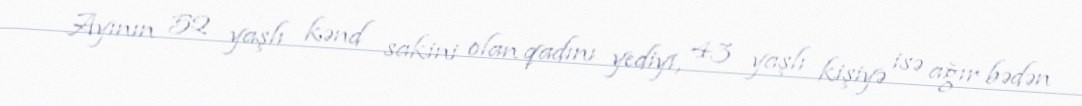
Ayının 52 yaşlı kənd sakini olan qadını yediyi, 43 yaşlı kişiyə isə ağır bədən